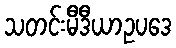
သတင်းမီဒီယာဥပဒေ